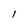
Character: l